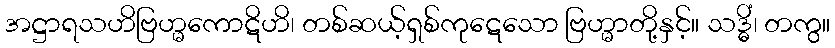
အဋ္ဌာရသဟိဗြဟ္မကောဋိဟိ၊ တစ်ဆယ့်ရှစ်ကုဋေသော ဗြဟ္မာတို့နှင့်။ သဒ္ဓိံ၊ တကွ။